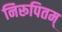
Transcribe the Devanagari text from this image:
निरूपितम्